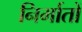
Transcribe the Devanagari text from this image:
निर्मातों